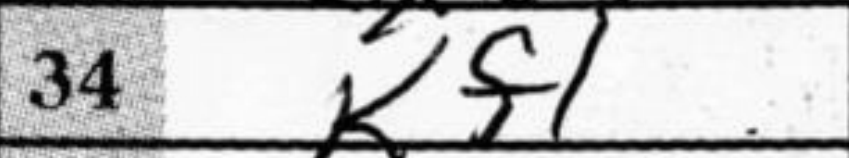
Transcription: Kf1